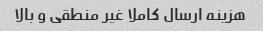
هزینه ارسال کاملا غیر منطقی و بالا